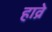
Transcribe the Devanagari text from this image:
हाव्रे